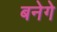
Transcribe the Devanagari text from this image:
बनेगे